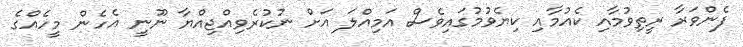
ފެންވަރާ ރީތިވުމާއި ކެއުމާއި ކިޔެވުމުގައިވެސް އަމިއްލަ އަށް ނުކުރެވިއްޖިއްޔާ ނޫނީ އެހެން މީހެއްގެ